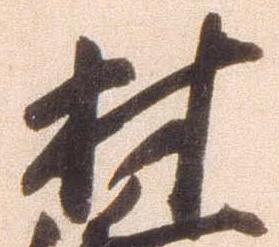
材